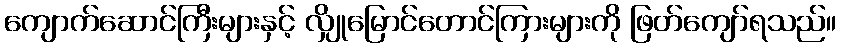
ကျောက်ဆောင်ကြီးများနှင့် လျှိုမြောင်တောင်ကြားများကို ဖြတ်ကျော်ရသည်။